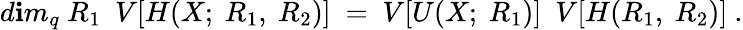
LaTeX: d\mathbf{i}m_{q}~R_{1}~~V[H(X;~R_{1},~R_{2})]~=~V[U(X;~R_{1})]~~V[H(R_{1},~R_{2})]~.